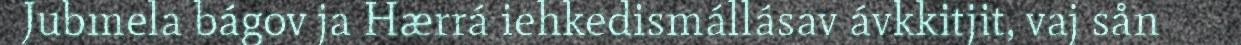
Jubmela bágov ja Hærrá iehkedismállásav ávkkitjit, vaj sån